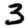
Digit: 3